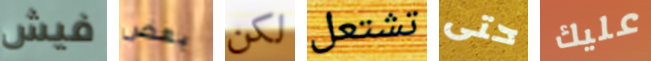
فيش بعض لكن تشتعل حتى عليك